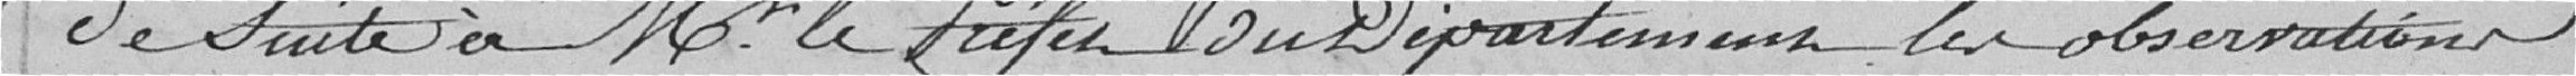
de suite à Monsieur le Préfet du Département les observations